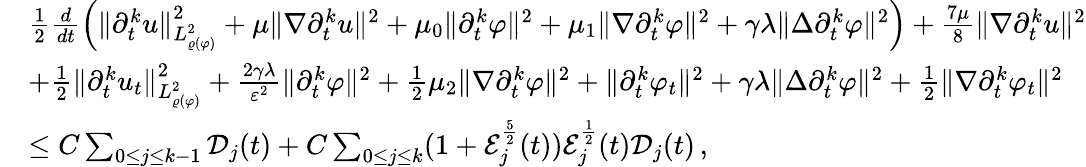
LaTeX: \begin{array}{rl}&{\frac{1}{2}\frac{d}{dt}\Big(\| \partial_{t}^{k}u\| _{L_{\varrho(\varphi)}^{2}}^{2}+\mu\| \nabla\partial_{t}^{k}u\| ^{2}+\mu_{0}\| \partial_{t}^{k}\varphi\| ^{2}+\mu_{1}\| \nabla\partial_{t}^{k}\varphi\| ^{2}+\gamma\lambda\| \Delta\partial_{t}^{k}\varphi\| ^{2}\Big)+\frac{7\mu}{8}\| \nabla\partial_{t}^{k}u\| ^{2}}\\ &{+\frac{1}{2}\| \partial_{t}^{k}u_{t}\| _{L_{\varrho(\varphi)}^{2}}^{2}+\frac{2\gamma\lambda}{\varepsilon^{2}}\| \partial_{t}^{k}\varphi\| ^{2}+\frac{1}{2}\mu_{2}\| \nabla\partial_{t}^{k}\varphi\| ^{2}+\| \partial_{t}^{k}\varphi_{t}\| ^{2}+\gamma\lambda\| \Delta\partial_{t}^{k}\varphi\| ^{2}+\frac{1}{2}\| \nabla\partial_{t}^{k}\varphi_{t}\| ^{2}}\\ &{\leq C\sum_{0\leq j\leq k-1}\mathcal{D}_{j}(t)+C\sum_{0\leq j\leq k}(1+\mathcal{E}_{j}^{\frac{5}{2}}(t))\mathcal{E}_{j}^{\frac{1}{2}}(t)\mathcal{D}_{j}(t)\, ,}\end{array}